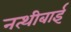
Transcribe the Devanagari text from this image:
नत्थीबाई